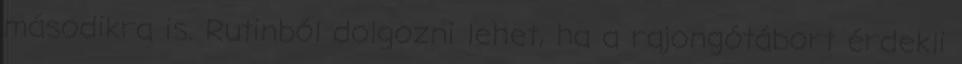
másodikra is. Rutinból dolgozni lehet, ha a rajongótábort érdekli